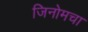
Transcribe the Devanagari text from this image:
जिनोमचा